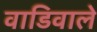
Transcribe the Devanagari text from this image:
वाडिवाले